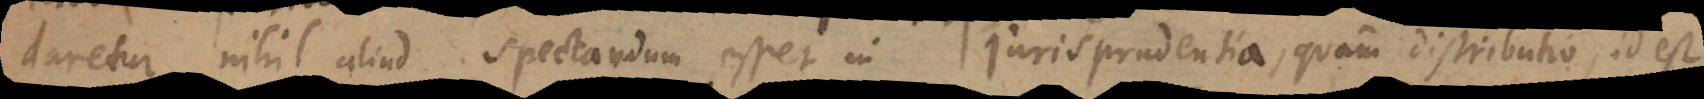
daretur, nihil aliud spectandum esset in Jurisprudentia, quam ut